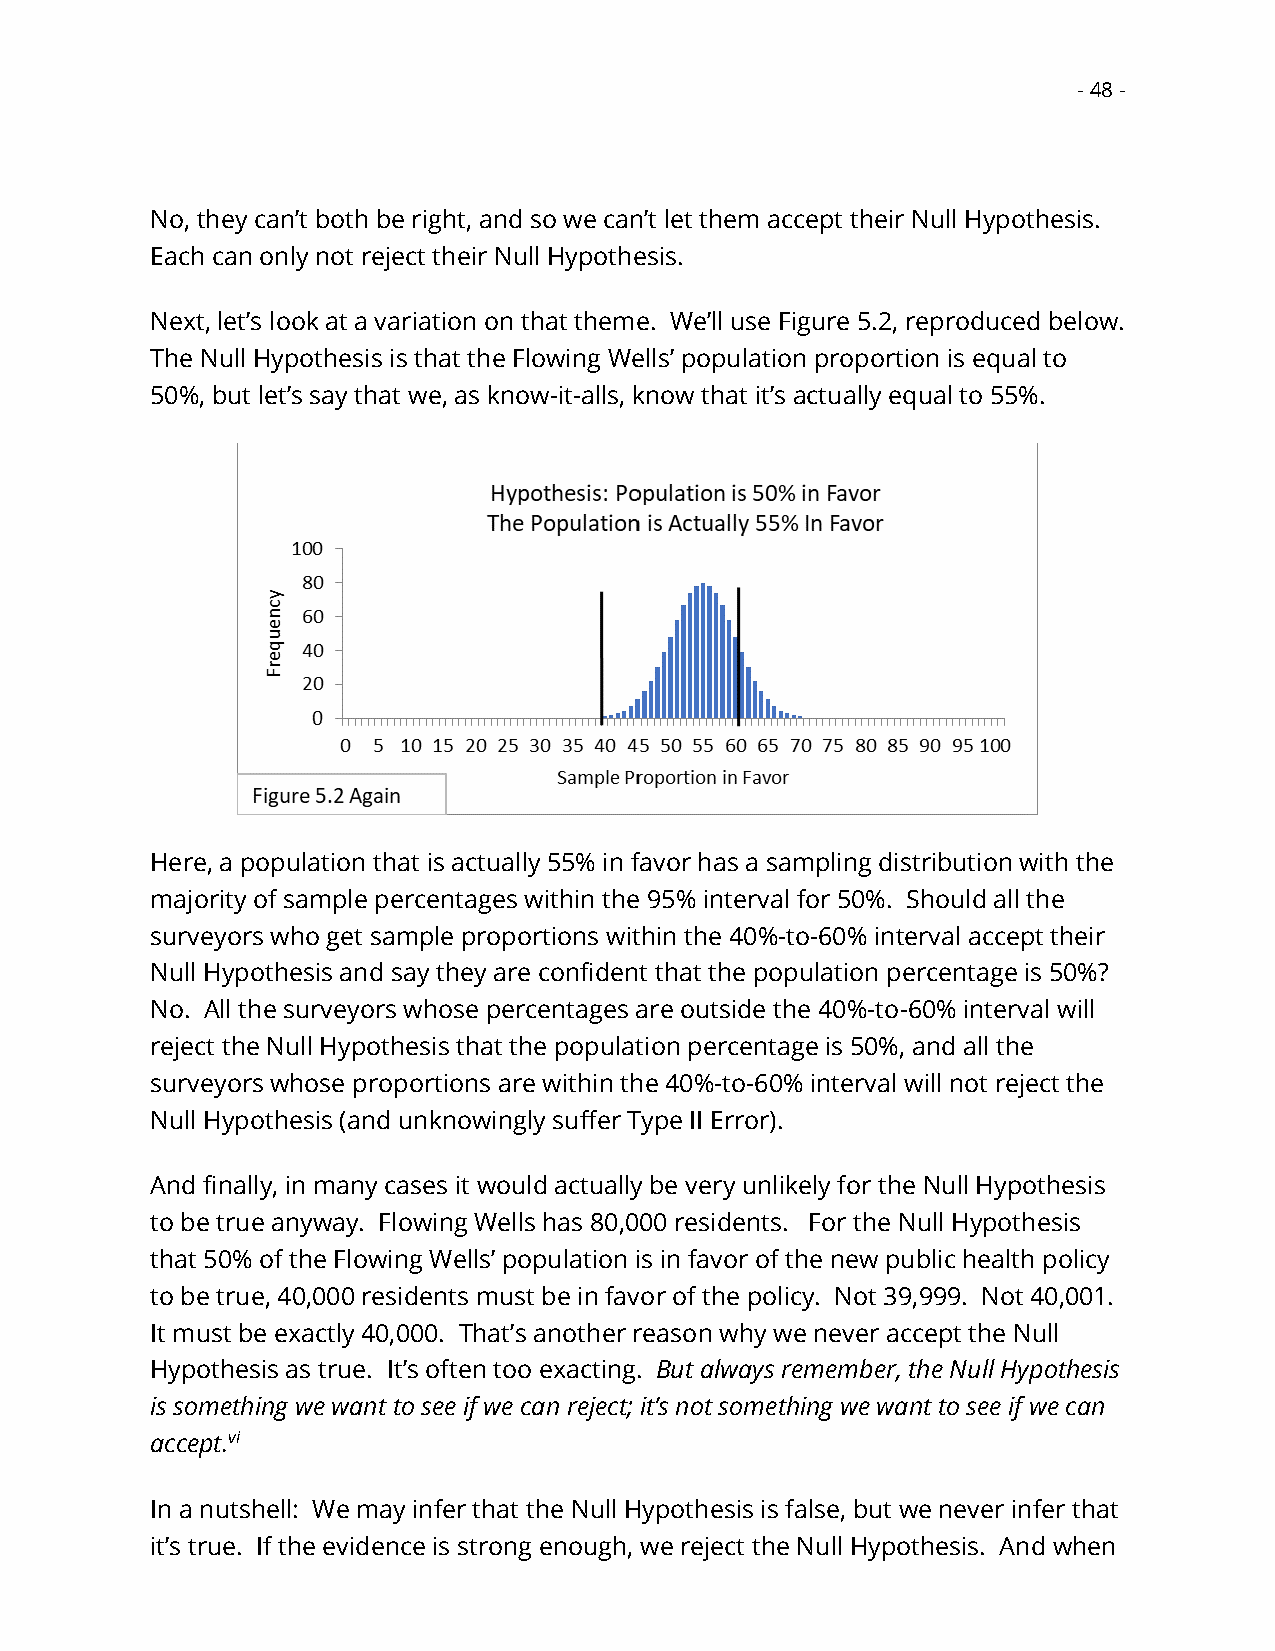
- 48 -
 No, they can’t both be right, and so we can’t let them accept their Null Hypothesis.
 Each can only not reject their Null Hypothesis.
 Next, let’s look at a variation on that theme. We’ll use Figure 5.2, reproduced below.
 The Null Hypothesis is that the Flowing Wells’ population proportion is equal to
 50%, but let’s say that we, as know-it-alls, know that it’s actually equal to 55%.
 Here, a population that is actually 55% in favor has a sampling distribution with the
 majority of sample percentages within the 95% interval for 50%. Should all the
 surveyors who get sample proportions within the 40%-to-60% interval accept their
 Null Hypothesis and say they are confident that the population percentage is 50%?
 No. All the surveyors whose percentages are outside the 40%-to-60% interval will
 reject the Null Hypothesis that the population percentage is 50%, and all the
 surveyors whose proportions are within the 40%-to-60% interval will not reject the
 Null Hypothesis (and unknowingly suffer Type II Error).
 And finally, in many cases it would actually be very unlikely for the Null Hypothesis
 to be true anyway. Flowing Wells has 80,000 residents. For the Null Hypothesis
 that 50% of the Flowing Wells’ population is in favor of the new public health policy
 to be true, 40,000 residents must be in favor of the policy. Not 39,999. Not 40,001.
 It must be exactly 40,000. That’s another reason why we never accept the Null
 Hypothesis as true. It’s often too exacting. But always remember, the Null Hypothesis
 is something we want to see if we can reject; it’s not something we want to see if we can
 accept.vi
 In a nutshell: We may infer that the Null Hypothesis is false, but we never infer that
 it’s true. If the evidence is strong enough, we reject the Null Hypothesis. And when